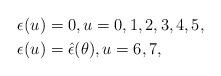
LaTeX: \begin{align*}&\epsilon(u)=0,u=0,1,2,3,4,5,\\&\epsilon(u)=\hat{\epsilon}(\theta),u=6,7,\end{align*}